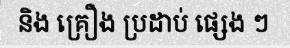
និង គ្រឿង ប្រដាប់ ផ្សេង ៗ